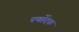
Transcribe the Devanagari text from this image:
पर्णोदक